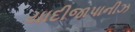
યાદીજાપાનીઝ